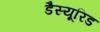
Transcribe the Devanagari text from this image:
डैस्यूरिड